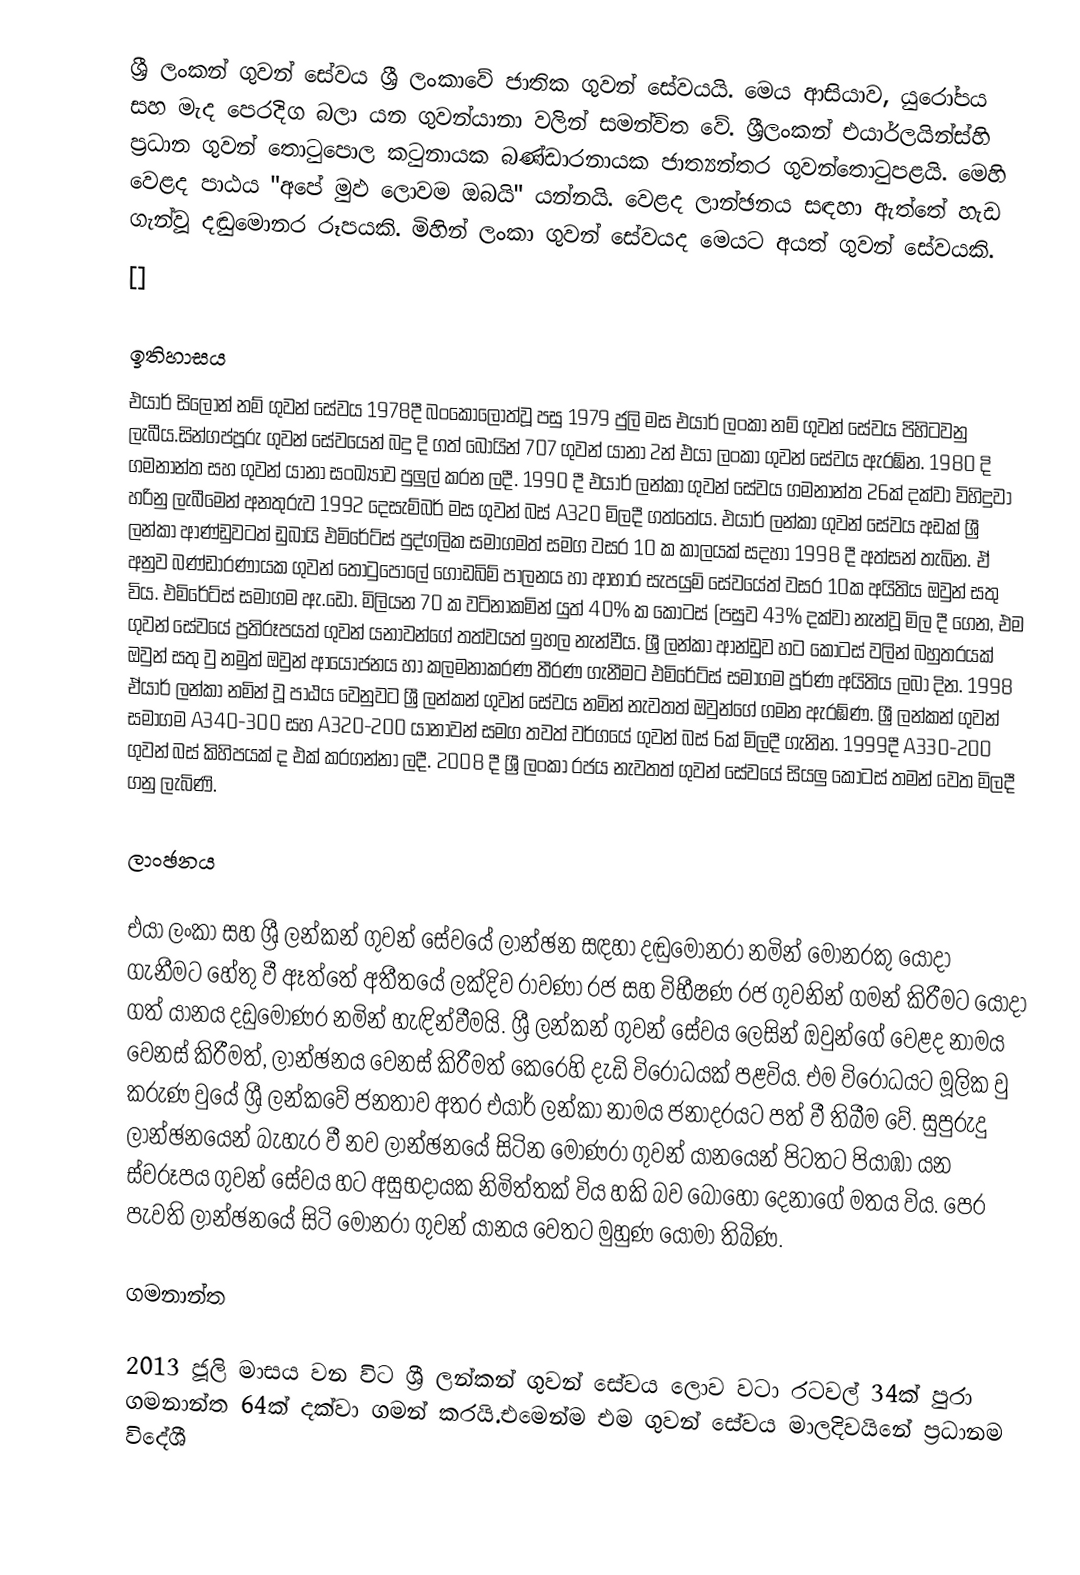
ශ්‍රී ලංකන් ගුවන් සේවය ශ්‍රී ලංකාවේ ජාතික ගුවන් සේවයයි.  මෙය ආසියාව, යුරෝපය සහ මැද පෙරදිග බලා යන ගුවන්යානා වලින් සමන්විත වේ. ශ්‍රීලංකන් එයාර්ලයින්ස්හි ප්‍රධාන ගුවන් තොටුපොල  කටුනායක බණ්ඩාරනායක ජාත්‍යන්තර ගුවන්තොටුපළයි. මෙහි වෙළද පාඨය "අපේ මුඵ ලොවම ඔබයි" යන්නයි. වෙළද ලාන්ඡනය සඳහා ඇත්තේ හැඩ ගැන්වූ දඬුමොනර රූපයකි. මිහින් ලංකා   ගුවන් සේවයද මෙයට අයත් ගුවන් සේවයකි.
[]

ඉතිහාසය
එයාර් සිලෝන් නම් ගුවන් සේවය 1978දී බංකොලොත්වූ පසු 1979 ජුලි මස එයාර් ලංකා නම් ගුවන් සේවය පිහිටවනු ලැබීය.සින්ගප්පූරු ගුවන් සේවයෙන් බදු දි ගත් බෝයින් 707 ගුවන් යානා 2න් එයා ලංකා ගුවන් සේවය ඇරඹ්න. 1980 දි ගමනාන්ත සහ ගුවන් යානා සංඛ්‍යාව පුලුල් කරන ලදී. 1990 දී එයාර් ලන්කා ගුවන් සේවය ගමනාන්ත 26ක් දක්වා විහිදුවා හරිනු ලැබීමෙන් අනතුරුව 1992 දෙසැම්බර් මස ගුවන් බස් A320 මිලදී ගත්තේය. එයාර් ලන්කා ගුවන් සේවය අඩක් ශ්‍රී ලන්කා ආණ්ඩුවටත් ඩුබායි එමිරේට්ස් පුද්ගලික සමාගමත් සමග වසර 10 ක කාලයක් සදහා 1998 දී අත්සන් තැබින. ඒ අනුව බණ්ඩාරණායක ගුවන් තොටුපොලේ ගොඩබිම් පාලනය හා ආහාර සැපයුම් සේවයේත් වසර 10ක අයිතිය ඔවුන් සතු විය. එමිරේට්ස් සමාගම ඇ.ඩො. මිලියන 70 ක වටිනාකමින් යුත් 40% ක කොටස් (පසුව 43% දක්වා නැන්වූ මිල දී ගෙන, එම ගුවන් සේවයේ ප්‍රතිරූපයත් ගුවන් යනාවන්ගේ තත්වයත් ඉහල නැන්වීය. ශ්‍රී ලන්කා ආන්ඩුව හට කොටස් වලින් බහුතරයක් ඔවුන් සතු වු නමුත් ඔවුන් ආයෝජනය හා කලමනාකරණ තීරණ ගැනීමට එමිරේට්ස් සමාගම පූර්ණ අයිතිය ලබා දින. 1998 ඒයාර් ලන්කා නමින් වූ පාඨය වෙනුවට ශ්‍රී ලන්කන් ගුවන් සේවය නමින් නැවතත් ඔවුන්ගේ ගමන  ඇරඹ්ණ. ශ්‍රී ලන්කන් ගුවන් සමාගම A340-300 සහ A320-200 යානාවන් සමග තවත් වර්ගයේ ගුවන් බස් 6ක් මිලදී ගැනින. 1999දී A330-200 ගුවන් බස් කිහිපයක් ද එක් කරගන්නා ලදී. 2008 දී ශ්‍රී ලංකා රජය නැවතත් ගුවන් සේවයේ සියලු කොටස් තමන් වෙත මිලදී ගනු ලැබිණි.

ලාංඡනය

එයා ලංකා සහ ශ්‍රී ලන්කන් ගුවන් සේවයේ ලාන්ඡන සඳහා දඬුමොනරා නමින් මොනරකු යොදා ගැනීමට හේතු වී ඈත්තේ අතීතයේ ලක්දිව රාවණා රජ සහ විභීෂණ රජ ගුවනින් ගමන් කිරීමට යොදා ගත් යානය දඩුමොණර නමින් හැඳින්වීමයි. ශ්‍රී ලන්කන් ගුවන් සේවය ලෙසින් ඔවුන්ගේ වෙළද නාමය වෙනස් කිරීමත්, ලාන්ඡනය වෙනස් කිරීමත් කෙරෙහි දැඩි විරෝධයක් පළවිය. එම විරෝධයට මූලික වු කරුණ වුයේ ශ්‍රී ලන්කවේ ජනතාව අතර එයාර් ලන්කා නාමය ජනාදරයට පත් වී තිබීම වේ. සුපුරුදු ලාන්ඡනයෙන් බැහැර වී නව ලාන්ඡනයේ සිටින මොණරා ගුවන් යානයෙන් පිටතට පියාඹා යන ස්වරූපය ගුවන් සේවය හට අසුභදායක නිමිත්තක් විය හකි බව බොහො දෙනාගේ මතය විය. පෙර පැවති ලාන්ඡනයේ සිටි මොනරා ගුවන් යානය වෙතට මුහුණ යොමා තිබිණ.

ගමනාන්ත

2013 ජූලි මාසය වන විට ශ්‍රී ලන්කන් ගුවන් සේවය ලොව වටා රටවල් 34ක් පුරා ගමනාන්ත 64ක් දක්වා ගමන් කරයි.එමෙන්ම එම ගුවන් සේවය මාලදිවයිනේ ප්‍රධානම විදේශී